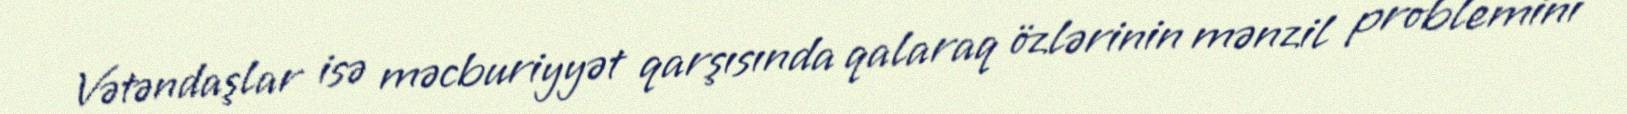
Vətəndaşlar isə məcburiyyət qarşısında qalaraq özlərinin mənzil problemini